Cholera in southern India
Disease focus: Cholera
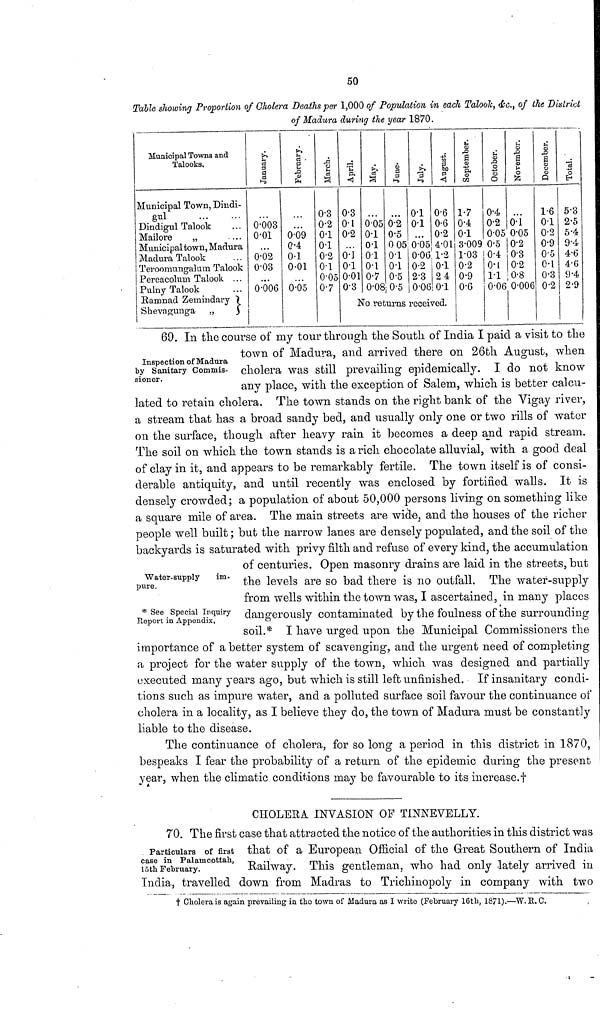
50
Table showing Proportion of Cholera Deaths per 1,000 of Population in each Talook, &c., of the District
of Madura during the year 1870.
Municipal Towns and
Talooks.
Municipal Town, Dindi-
gul
...
...
Dindigul Talook ...
Mailore
„
...
Municipal town, Madura
Madura Talook ...
Teroomungalum Talook
Pereacolum Talook ...
Pulny Talook ...
Ramnad Zeinindary }
Skevagunga „ }
January.
...
0·003
0·01
...
0·02
0·03
...·
0·006
February.
...
...
0.09
0.4
0·1
0·01
...
0.05
March.
0·3
0·2
0.1
0.1
0.2
0.1
0.05
0.7
April.
0.3
0.1
0.2
...
0.1
0.1
0.01
0.3
May.
...
0.05
0.1
0.1
0.1
0.1
0.7
0.08
June.
...
0.2
0.5
0.05
0.1
0.1
0.5
0.5
July.
0.1
0.1
...
0.05
0.06
0.2
2·3
0.06
August.
0.6
0.6
0.2
4.01
1.2
0.1
2.4
0.1
September.
1.7
0.4
0.1
3.009
1.03
0.2
0.9
0.6
October.
0.4
0.2
0.05
0.5
0.4
0.1
1.1
0.06
No returns received.
November.
...
0.1
0.05
0.2
0.3
0.2
0.8
0.006
December.
l·6
0.1
0·2
0·9
0·5
0.1
0.3
0.2
Total.
5·3
2·5
5·4
9·4
4·6
4·6
9·4
2·9
Inspection of Madura
by Sanitary Commis-
sioner.
69. In the course of my tour through the South of India I paid a visit to the
town of Madura, and arrived there on 26th August, when
cholera was still prevailing epidemically. I do not know
any place, with the exception of Salem, which is better calcu-
lated to retain cholera.
The town stands on the right bank of the Vigay river,
a stream that has a broad sandy bed, and usually only one or two rills of water
on the surface, though after heavy rain it becomes a deep and rapid stream.
The soil on which the town stands is a rich chocolate alluvial, with a good deal
of clay in it, and appears to be remarkably fertile. The town itself is of consi-
derable antiquity, and until recently was enclosed by fortiried walls. It is
densely crowded; a population of about 50,000 persons living on something like
a square mile of area. The main streets are wide, and the houses of the richer
people well built; but the narrow lanes are densely populated, and the soil of the
backyards is saturated with privy filth and refuse of every kind, the accumulation
Water-supply
im-
pure.
* See Special Inquiry-
Report in Appendix.
of centuries. Open masonry drains are laid in the streets, but
the levels are so bad there is no outfall. The water-supply
from wells within the town was, I ascertained, in many places
dangerously contaminated by the foulness of the surrounding
soil.* I have urged upon the Municipal Commissioners the
importance of a better system of scavenging, and the urgent need of completing
a project for the water supply of the town, which was designed and partially
executed many years ago, but which is still left unfinished.
If insanitary condi-
tions such as impure water, and a polluted surface soil favour the continuance of
cholera in a locality, as I believe they do, the town of Madura must be constantly
liable to the disease.
The continuance of cholera, for so long a period in this district in 1870,
bespeaks I fear the probability of a return of the epidemic during the present
year, when the climatic conditions may be favourable to its increase.†
CHOLERA INVASION OF TINNEVELLY.
Particulars of first
case in Palamcottah,
15th February.
70. The first case that attracted the notice of the authorities in this district was
that of a European Official of the Great Southern of India
Railway.
This gentleman, who had only lately arrived in
India, travelled down from Madras to Trichinopoly in company with two
† Cholera is again prevailing in the town of Madura as I write (February 16th, 1871).—W.R.C.